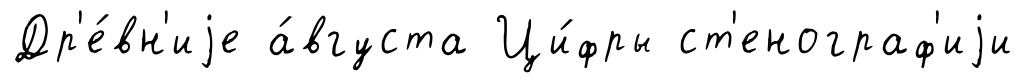
Др'е́вн'иjе а́вгуста Ци́фры ст'енограф'иjи